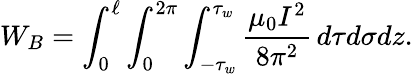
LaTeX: W_{B}=\int_{0}^{\ell}\int_{0}^{2\pi}\int_{-\tau_{w}}^{\tau_{w}}{\frac{\mu_{0}I^{2}}{8\pi^{2}}}\, d\tau d\sigma dz.